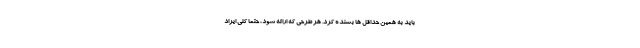
باید به همین حداقل ها بسنده کرد. هر طرحی که ارائه شود، حتماً کلی ایراد